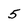
Character: 5